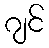
ဂျင်